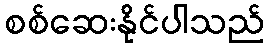
စစ်ဆေးနိုင်ပါသည်